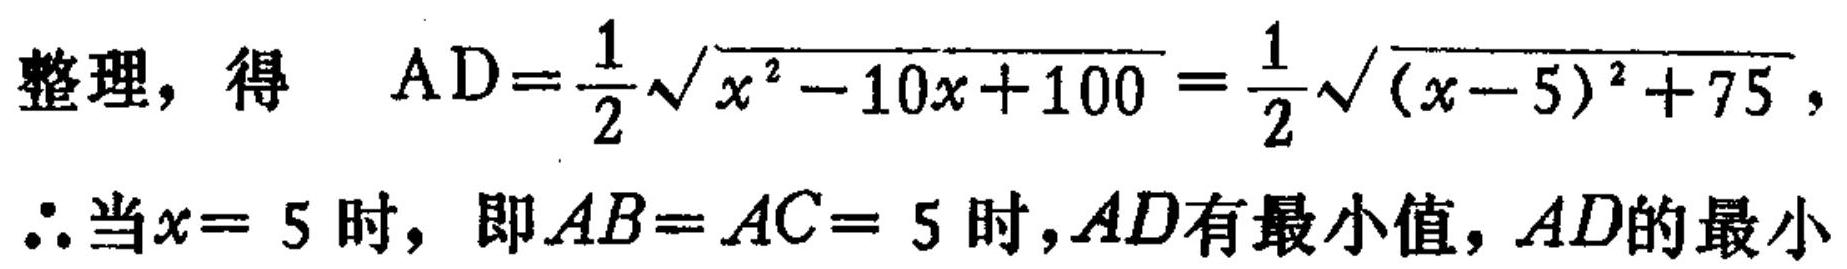
整理，得 \(AD = \frac{1}{2}\sqrt{x^{2}-10x + 100}=\frac{1}{2}\sqrt{(x - 5)^{2}+75}\)，
\(\therefore\)当\(x = 5\)时，即\(AB = AC = 5\)时，\(AD\)有最小值，\(AD\)的最小